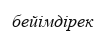
бейімдірек